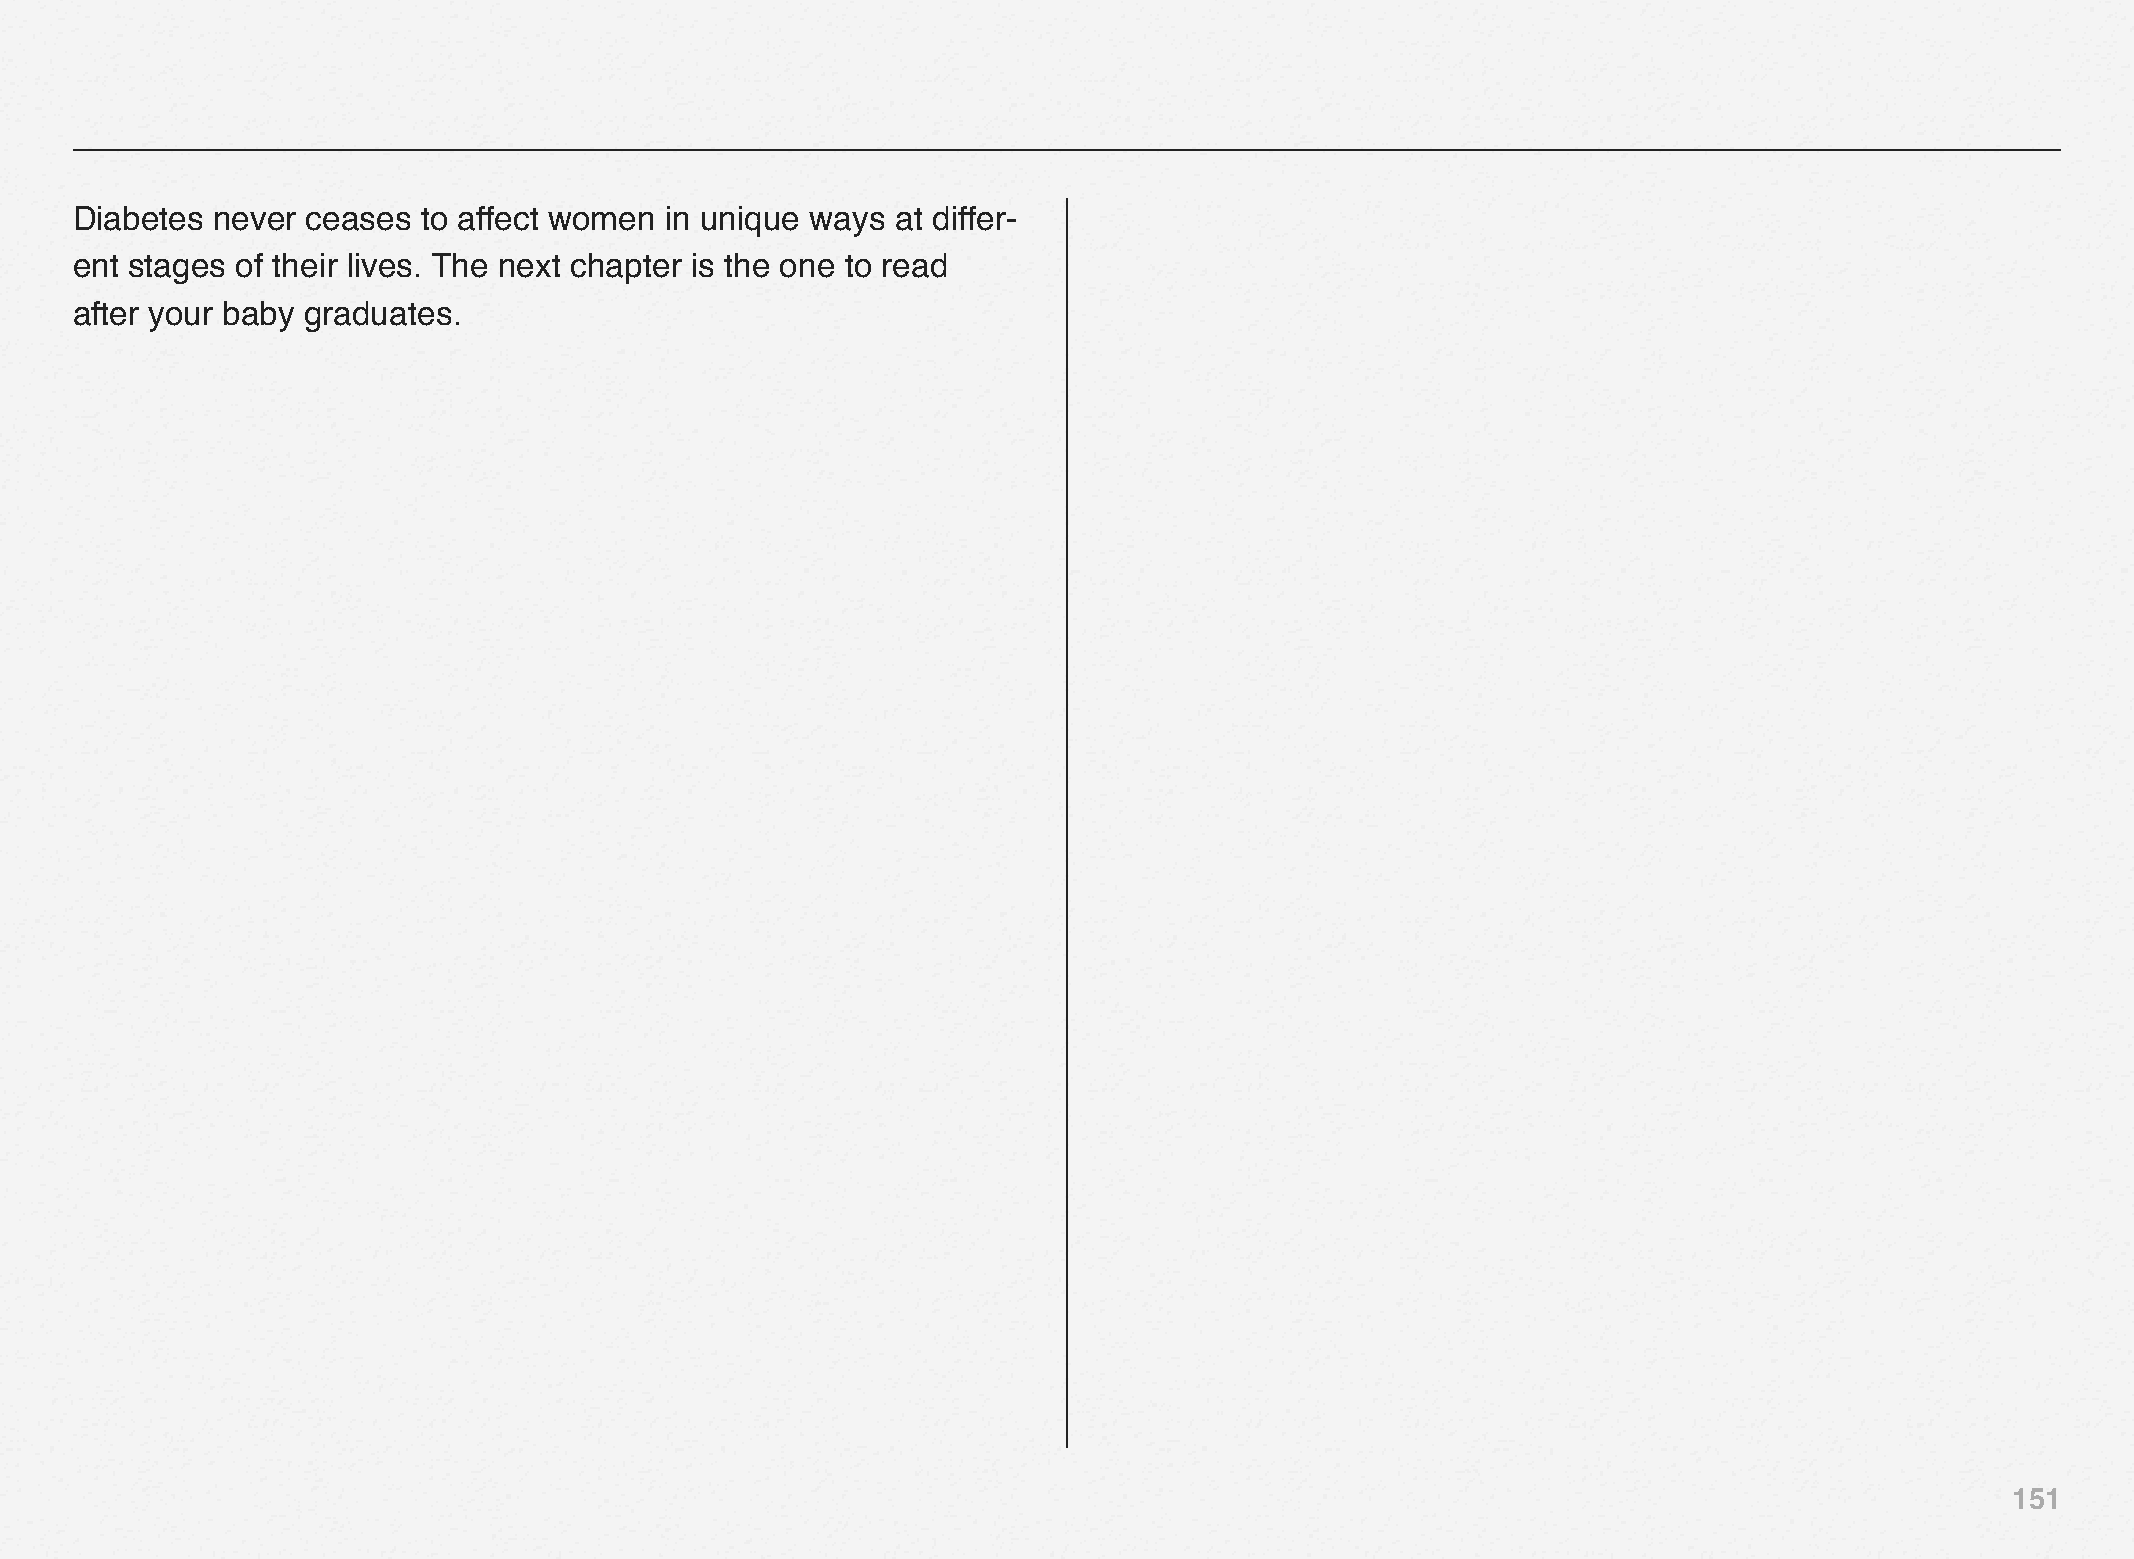
Diabetes never ceases  to affect women in unique ways at differ-
 ent stages of their lives. The next chapter is the one to read
 after your baby graduates.
 151